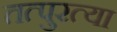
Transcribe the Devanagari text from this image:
तत्पुरत्या